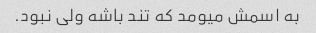
به اسمش میومد که تند باشه ولی نبود.